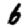
Digit: 6